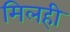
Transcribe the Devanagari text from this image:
मिलही